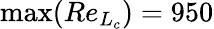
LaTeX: \operatorname*{max}(Re_{L_{c}})=950